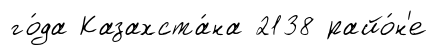
го́да Казахста́на 2138 райо́н'е